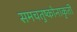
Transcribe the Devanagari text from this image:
समचतुष्कोनाकृती